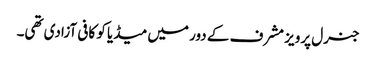
جنرل پرویز مشرف کے دور میں میڈیا کو کافی آزادی تھی۔